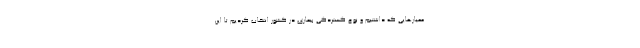
معیارهایی که داشتیم و نوع گستردگی بیماری در کشور انتخاب کردیم تا این